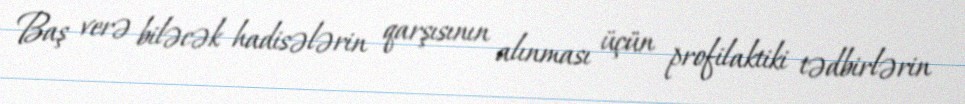
Baş verə biləcək hadisələrin qarşısının alınması üçün profilaktiki tədbirlərin